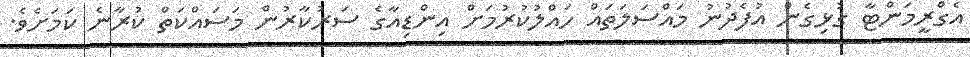
އެގްރީމަންޓާ ގުޅިގެން އުފެދުނު މައްސަލަތައް ހައްލުކުރުމަށް އިންޑިއާގެ ސަރުކާރުން މަަސައްކަތް ކުރާނެ ކަމަށެވެ.